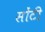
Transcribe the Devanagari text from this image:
सोंटी